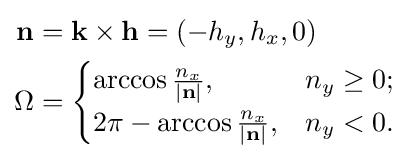
{\begin{aligned}\mathbf {n} &=\mathbf {k} \times \mathbf {h} =(-h_{y},h_{x},0)\\\Omega &={\begin{cases}\arccos {{n_{x}} \over {\mathbf {\left|n\right|} }},&n_{y}\geq 0;\\2\pi -\arccos {{n_{x}} \over {\mathbf {\left|n\right|} }},&n_{y}<0.\end{cases}}\end{aligned}}